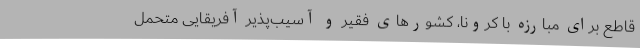
قاطع برای مبارزه با کرونا، کشورهای فقیر و آسیب‌پذیر آفریقایی متحمل